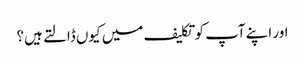
اور اپنے آپ کو تکلیف میں کیوں ڈالتے ہیں؟